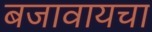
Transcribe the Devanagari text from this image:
बजावायचा